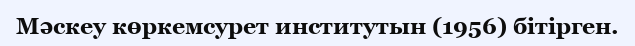
Мәскеу көркемсурет институтын (1956) бітірген.